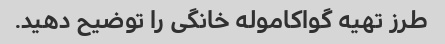
طرز تهیه گواکاموله خانگی را توضیح دهید.